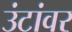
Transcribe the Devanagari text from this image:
उंटांवर